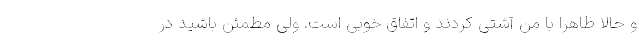
و حالا ظاهراً با من آشتی کردند و اتفاق خوبی است. ولی مطمئن باشید در